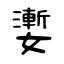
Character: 嬱